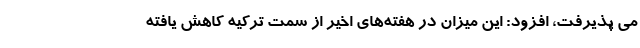
می پذیرفت، افزود: این میزان در هفته‌های اخیر از سمت ترکیه کاهش یافته